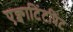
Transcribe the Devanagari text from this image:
एक्वाटिंटप्रिंट